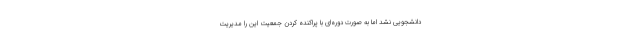
دانشجویی نشد اما به صورت دوره‌ای با پراکنده کردن جمعیت این را مدیریت